Report of the Hyderabad Chloroform Commission
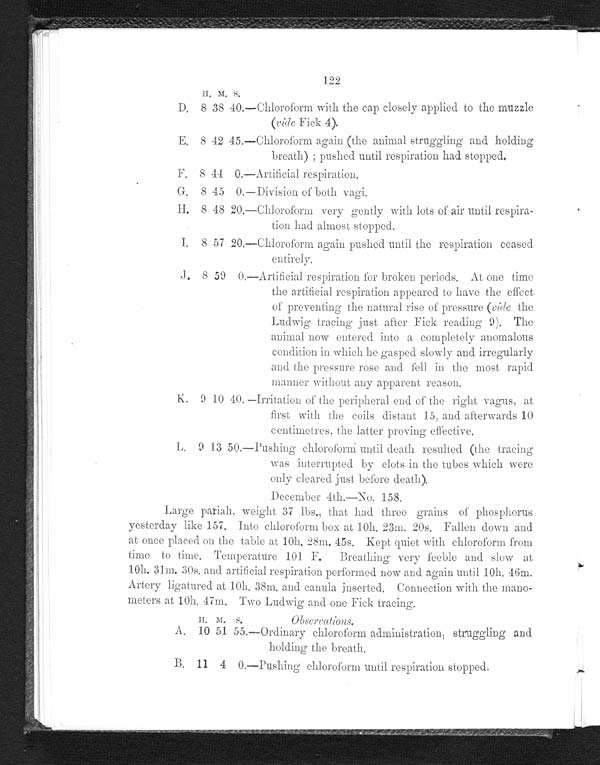
122
H. M. S.
D. 8 38
4 0 . — Chloroform with the cap closely applied to the muzzle
(vide Fick 4).
E. 8 42
4 5 . — Chloroform again (the animal struggling and holding
breath); pushed until respiration had stopped.
F. 8 44
0 . — Artificial respiration.
G. 8 45 0.—Division of both vagi.
H . 8
4 8
2 0 . —
Chloroform very gently with lots of air until respira-
tion had almost stopped.
I, 8 57 20, Chloroform again pushed until the respiration ceased
entirely.
,J. 8 59 0, Artificial respiration for broken periods. At 0110 time
the artificial respiration appeared to have the effect
of preventing the natural rise of pressure (vide the
Ludwig tracing. just after Fick reading 9). The
animal now entered into a completely anomalous
condition in which he gasped slowly and irregularly
and the pressure rose and fell in the most rapid
manner without any apparent reason,
K. 9 10 40. —Irritation of the peripheral end of the right vagus, at,
first with the coils distant 15, and afterwards 10
centimetres. the latter proving effective.
1,, 9 13 50.—Pushing chloroform until death resulted (the tracing
was interrupted by clots in the tubes which were
onl v cleared ust
before et 1 .
December 4th.----No. 158.
Large pariah, weight 37 lbs., that had three grains of phosphorus
yesterday like 157. Into chloroform box at 1011. 23m. 20s. Fallen clown and
at once placed on the table at 1011. 28in. 45s. Kept quiet with chloroform from
time to time. Temperature 101 F. Breathing very feeble and slow at
10h. 31m. 30s. aud artificial respiration performed now and again until 10h. 46m.
Artery ligatured at 1011. 38in. and canula inserted. Connection with the mano-
meters at 10h, 47m. Two Ludwig and one Fick tracing.
N. M. S.
Obseivations.
A,
10 51 55.—Ordinary chloroform administration, struggling and
holding the breath.
B. 11 4 0.—Pushiug chloroform until respiration stopped.